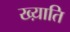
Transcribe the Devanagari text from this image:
ख्य़ाति